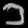
Digit: ၁